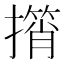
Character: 𢶠